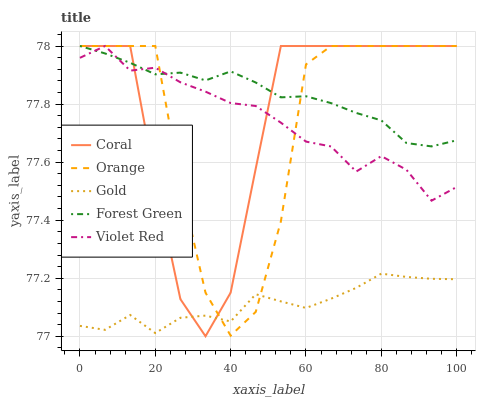
| xaxis_label | Coral | Orange | Gold | Forest Green | Violet Red |
 | --- | --- | --- | --- | --- | --- |
 | 0 | 78 | 78 | 77 | 78 | 78 |
 | 6.67 | 78 | 78 | 77 | 78 | 78 |
 | 13.3 | 78 | 78 | 77.1 | 77.9 | 77.9 |
 | 20 | 77.5 | 78 | 77 | 77.9 | 77.9 |
 | 26.7 | 77.1 | 77.5 | 77.1 | 77.9 | 77.9 |
 | 33.3 | 77 | 77.2 | 77.1 | 77.9 | 77.8 |
 | 40 | 77.2 | 77 | 77.1 | 77.9 | 77.8 |
 | 46.7 | 77.6 | 77.1 | 77.1 | 77.9 | 77.8 |
 | 53.3 | 78 | 77.4 | 77.1 | 77.8 | 77.7 |
 | 60 | 78 | 77.9 | 77.1 | 77.8 | 77.7 |
 | 66.7 | 78 | 78 | 77.1 | 77.8 | 77.7 |
 | 73.3 | 78 | 78 | 77.2 | 77.8 | 77.6 |
 | 80 | 78 | 78 | 77.2 | 77.7 | 77.6 |
 | 86.7 | 78 | 78 | 77.2 | 77.7 | 77.6 |
 | 93.3 | 78 | 78 | 77.2 | 77.7 | 77.5 |
 | 100 | 78 | 78 | 77.2 | 77.7 | 77.5 |